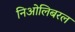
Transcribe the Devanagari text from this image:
निओलिबरल